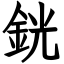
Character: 銧